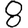
Digit: 8